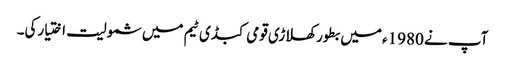
آپ نے 1980ء میں بطور کھلاڑی قومی کبڈی ٹیم میں شمولیت اختیارکی۔